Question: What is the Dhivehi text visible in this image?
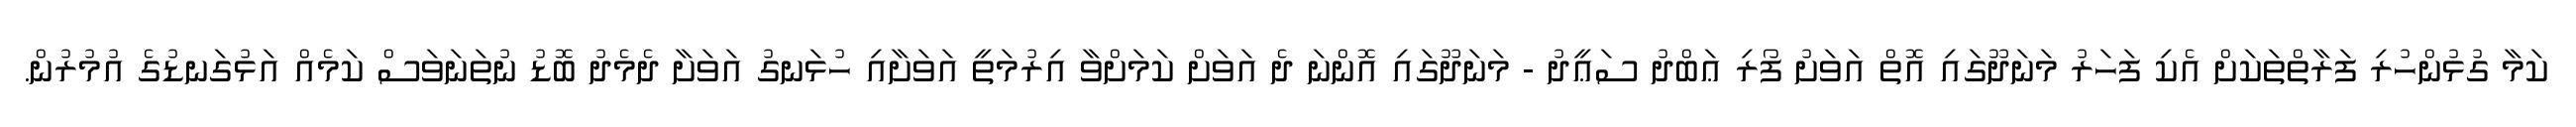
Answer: ކަމާ ގުޅުންހުރި ފަރާތްތަކަށް އެކި ފަހަރު މަނަދޫގައި އޮތް އަވަށު ފޯރި ޢަބްދު ސަޢީދު - މަނަދޫގައި އޮންނަ ދެ އަވަށް ކަމަށްވާ އިރުމަތީ އަވަށާއި ހުޅަނގު އަވަށާ ދެމެދު ބޮޑު ނުތަނަވަސް ކަމެއް އަޅުގަނޑުގެ އުމުރުން.